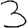
Digit: 3